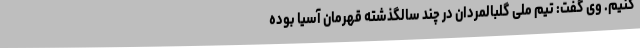
کنیم. وی گفت: تیم ملی گلبالمردان در چند سالگذشته قهرمان آسیا بوده